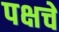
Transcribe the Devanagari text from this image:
पक्षचे